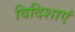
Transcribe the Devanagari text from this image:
विदिशाएं